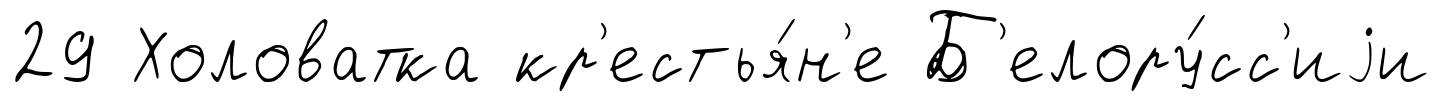
29 Холоватка кр'естья́н'е Б'елору́сс'иjи